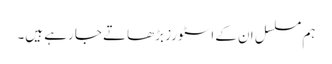
ہم مسلسل ان کے اسٹورز بڑھاتے جا رہے ہیں۔